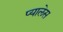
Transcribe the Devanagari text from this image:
प्यालेस